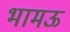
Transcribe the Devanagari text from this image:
भामऊ